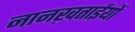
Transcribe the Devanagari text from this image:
नानख़ताईयों